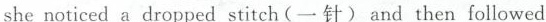
she noticed a dropped stitch(一针) and then followed